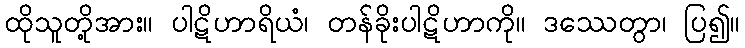
ထိုသူတို့အား။ ပါဋိဟာရိယံ၊ တန်ခိုးပါဋိဟာကို။ ဒဿေတွာ၊ ပြ၍။